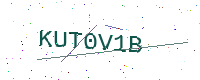
Text: KUT0V1B